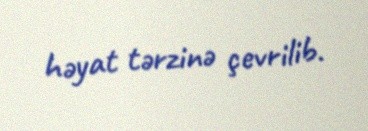
həyat tərzinə çevrilib.